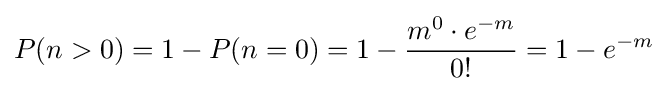
P(n>0)=1-P(n=0)=1-{\frac {m^{0}\cdot e^{-m}}{0!}}=1-e^{-m}